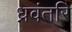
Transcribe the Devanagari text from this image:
ध्नवंतरि